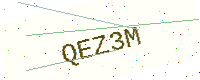
Text: QEZ3M